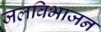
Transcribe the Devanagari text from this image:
जलविभाजन